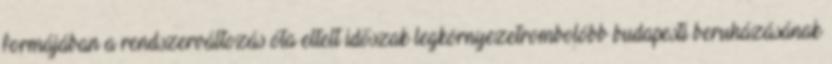
formájában a rendszerváltozás óta eltelt időszak legkörnyezetrombolóbb budapesti beruházásának